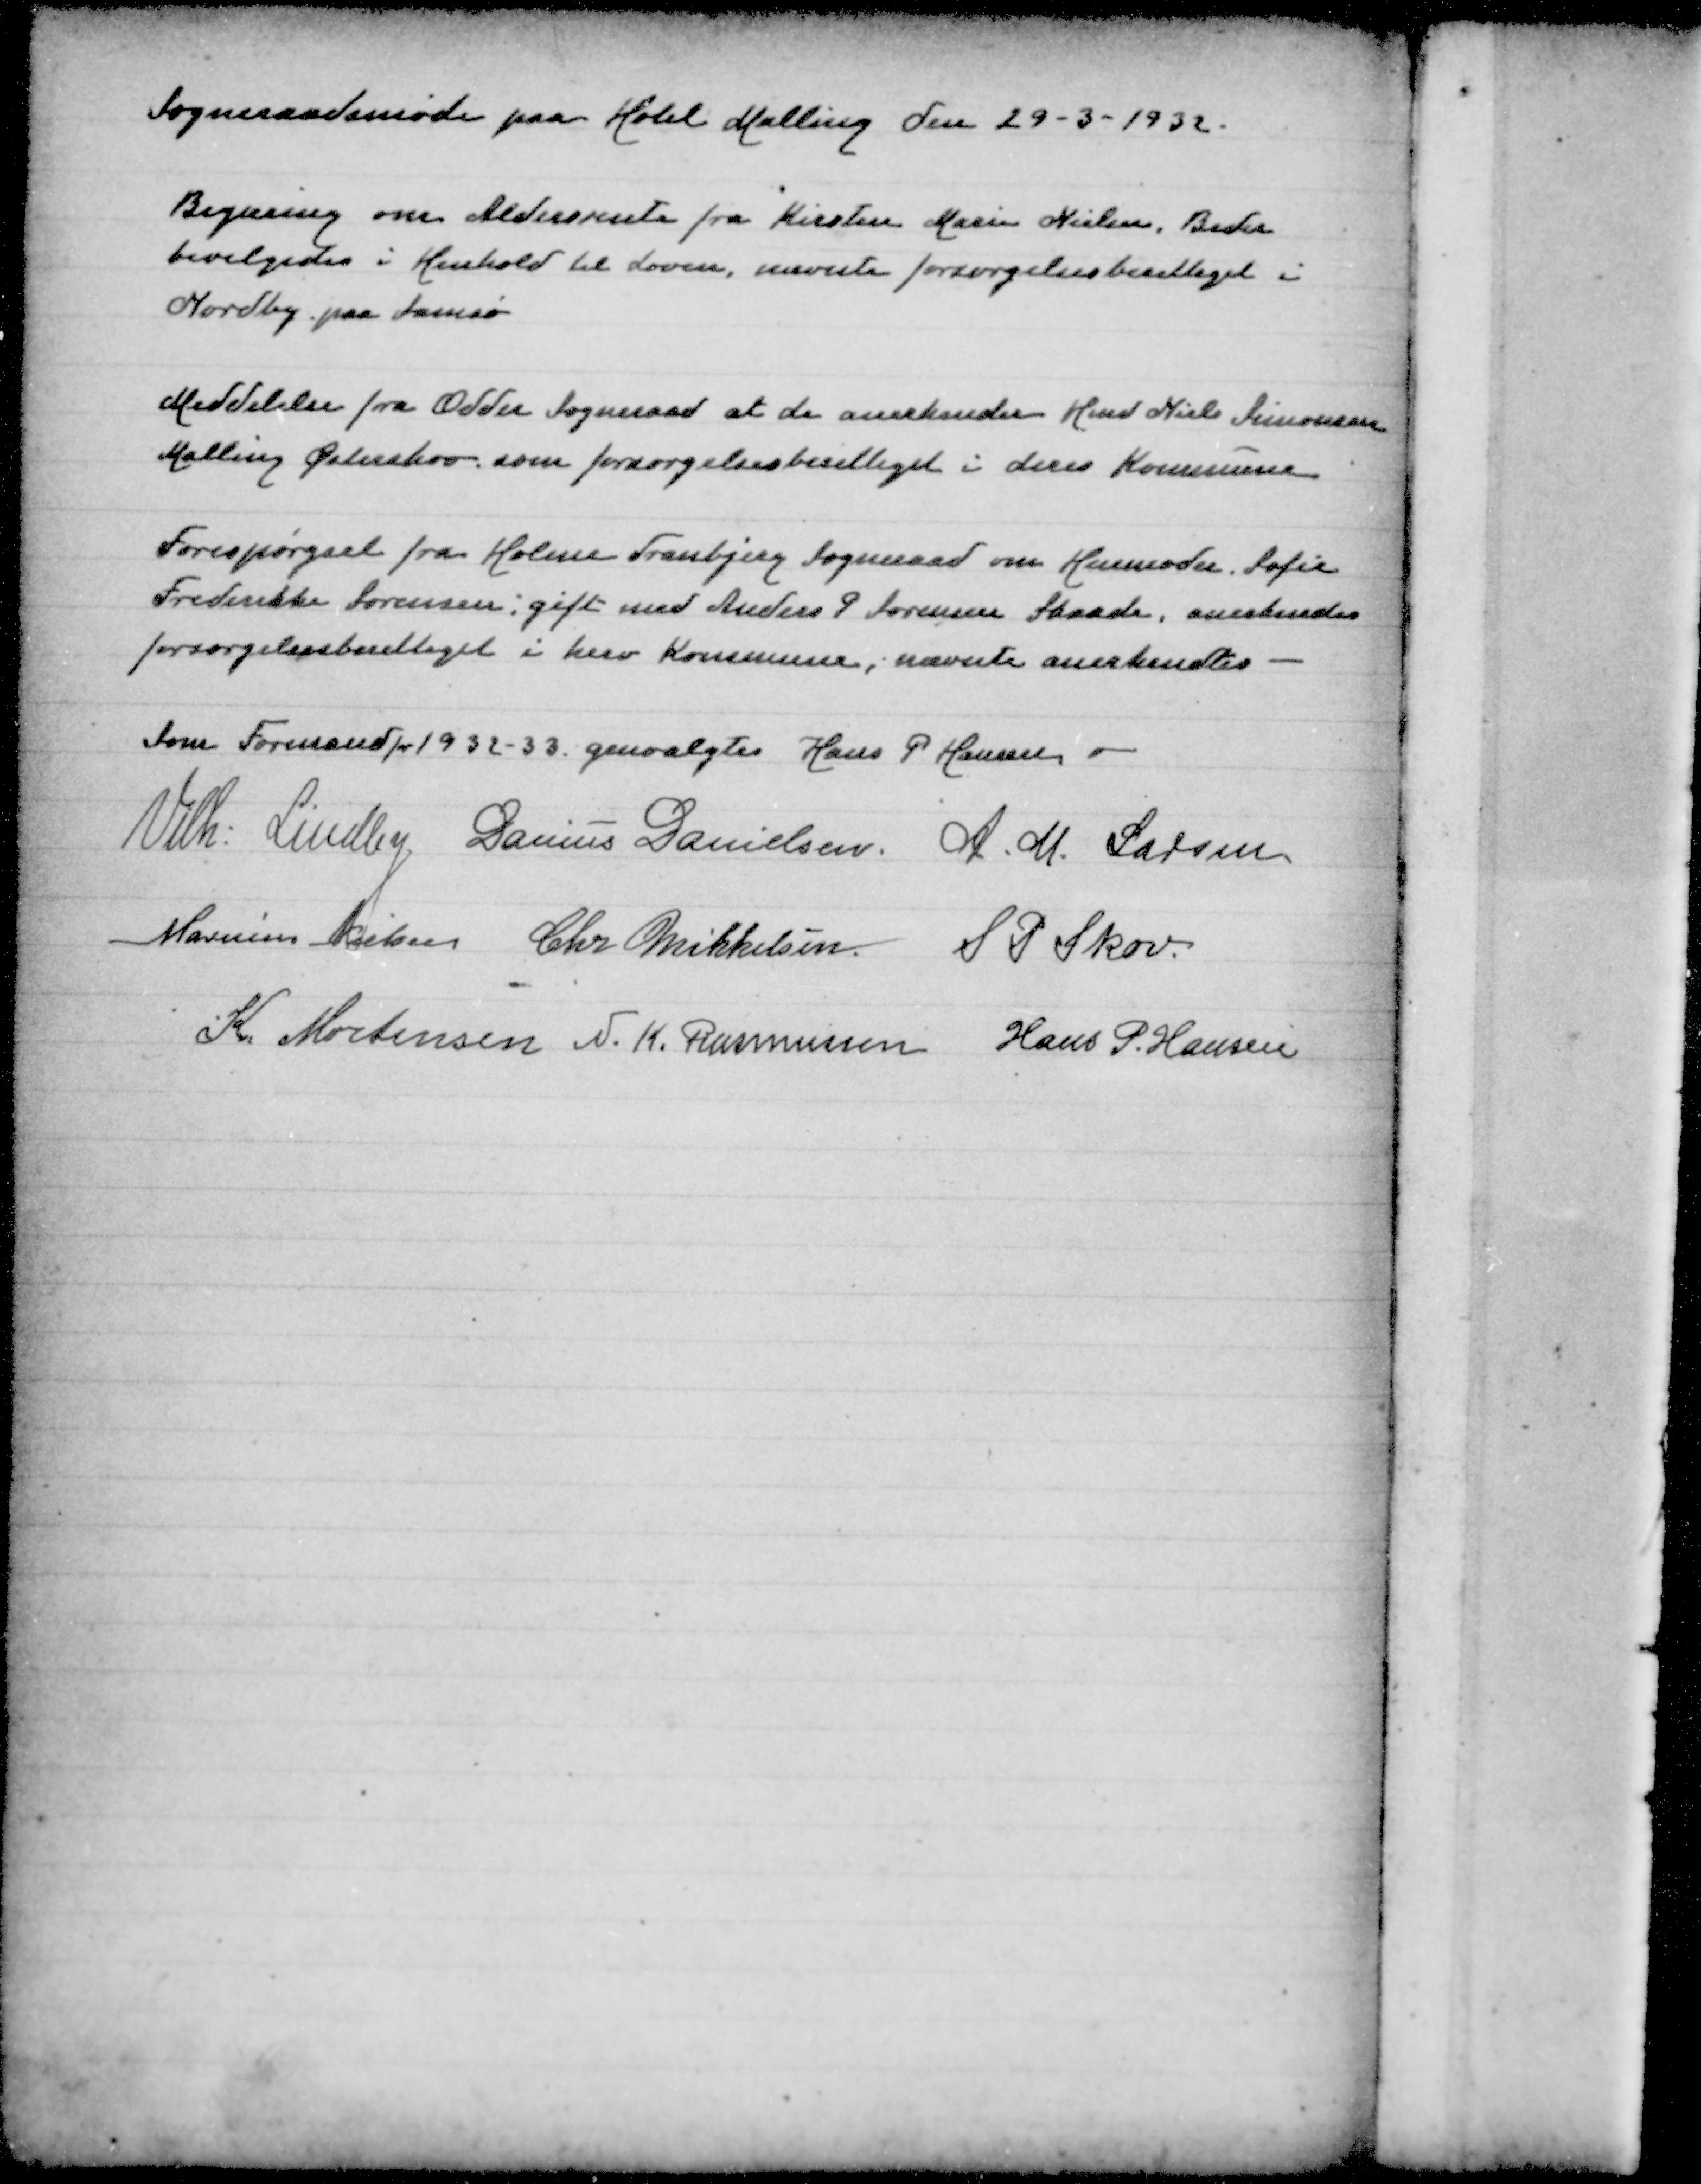
Transskription:
Sogneraadsmøde paa Hotel Malling den 29-3-1932

Begæring om Aldersrente fra Kirsten Marie Nielsen, Beder
bevilgedes i Henhold til Loven, nævnte forsørgelsesberettiget i
Nordby paa Samsø

Meddelelse fra Odder Sogneraad at de anerkender Hmd Niels Simonsen
Malling Østerskov dom forsørgelsesberettiget i deres Kommune

Forespørgsel fra Holme Tranbnerg Sogneraad om Husmoder Sofie
Frederikke Sørensen gift med Anders P Sørensen Skaade, anerkendes
forsørgelsesberettiget i herv Kommune, nævnte anerkendes

Som Formand for 1932-33 genvalgtes Hans P Hansen
Vilh Lindby
Danius Danielsen
A M Larsen
Marinus Nielsen
Chr Mikkelsen
S P Skov
K Mortensen
N K Rasmussen
Hans P Hansen